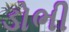
ડોભી